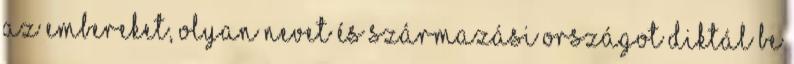
az embereket, olyan nevet és származási országot diktál be